Sanitation, dispensaries and jails vaccination Rajputana 1922-1927 - 1922-1927
Year: 1922
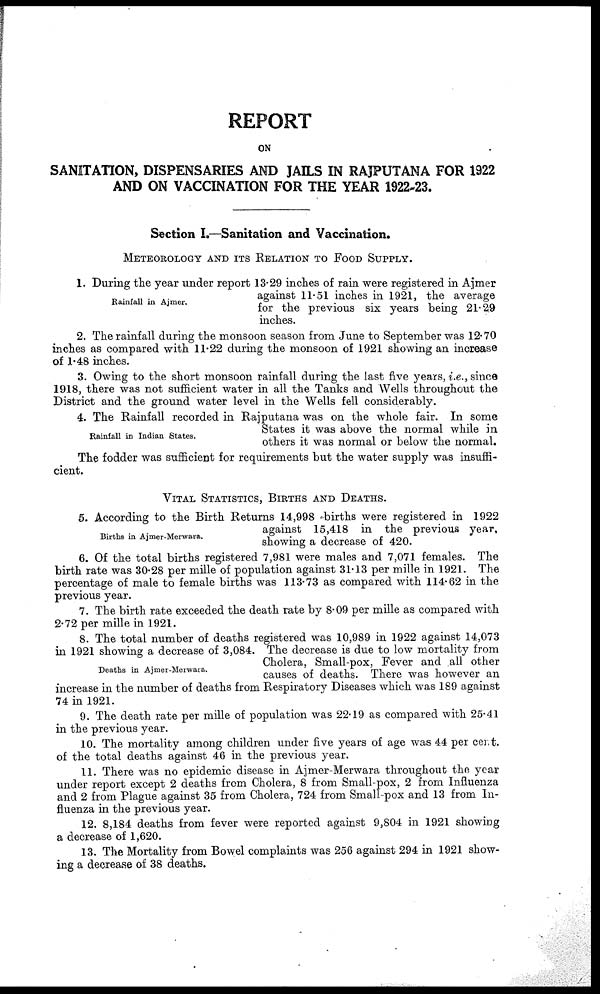
REPORT
ON
SANITATION, DISPENSARIES AND JAILS IN RAJPUTANA FOR 1922
AND ON VACCINATION FOR THE YEAR 1922-23.
Section I.—Sanitation and Vaccination.
METEOROLOGY AND ITS RELATION TO FOOD SUPPLY.
Rainfall in Ajmer.
1. During the year under report 13.29 inches of rain were registered in Ajmer
against 11.51 inches in 1921, the average
for the previous six years being 21.29
inches.
2. The rainfall during the monsoon season from June to September was 12.70
inches as compared with 11.22 during the monsoon of 1921 showing an increase
of 1.48 inches.
3. Owing to the short monsoon rainfall during the last five years, i.e., since
1918, there was not sufficient water in all the Tanks and Wells throughout the
District and the ground water level in the Wells fell considerably.
Rainfall in Indian States.
4. The Rainfall recorded in Rajputana was on the whole fair. In some
States it was above the normal while in
others it was normal or below the normal.
The fodder was sufficient for requirements but the water supply was insuffi-
cient.
VITAL STATISTICS, BIRTHS AND DEATHS.
Births in Ajmer-Merwara.
5. According to the Birth Returns 14,998 births were registered in 1922
against 15,418 in the previous year.
showing a decrease of 420.
6. Of the total births registered 7,981 were males and 7,071 females. The
birth rate was 30.28 per mille of population against 31.13 per mille in 1921. The
percentage of male to female births was 113.73 as compared with 114.62 in the
previous year.
7. The birth rate exceeded the death rate by 8.09 per mille as compared with
2.72 per mille in 1921.
Deaths in Ajmer-Merwara.
8. The total number of deaths registered was 10,989 in 1922 against 14,073
in 1921 showing a decrease of 3,084. The decrease is due to low mortality from
Cholera, Small-pox, Fever and all other
causes of deaths. There was however an
increase in the number of deaths from Respiratory Diseases which was 189 against
74 in 1921.
9. The death rate per mille of population was 22.19 as compared with 25.41
in the previous year.
10. The mortality among children under five years of age was 44 per cent.
of the total deaths against 46 in the previous year.
11. There was no epidemic disease in Ajmer-Merwara throughout the year
under report except 2 deaths from Cholera, 8 from Small-pox, 2 from Influenza
and 2 from Plague against 35 from Cholera, 724 from Small-pox and 13 from In-
fluenza in the previous year.
12. 8,184 deaths from fever were reported against 9,804 in 1921 showing
a decrease of 1,620.
13. The Mortality from Bowel complaints was 256 against 294 in 1921 show-
ing a decrease of 38 deaths.